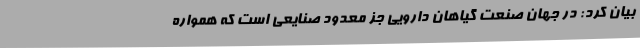
بیان کرد: در جهان صنعت گیاهان دارویی جز معدود صنایعی است که همواره